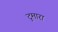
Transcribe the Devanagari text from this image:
टुमारा